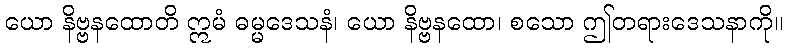
ယော နိဗ္ဗနထောတိ ဣမံ ဓမ္မဒေသနံ၊ ယော နိဗ္ဗနထော၊ စသော ဤတရားဒေသနာကို။